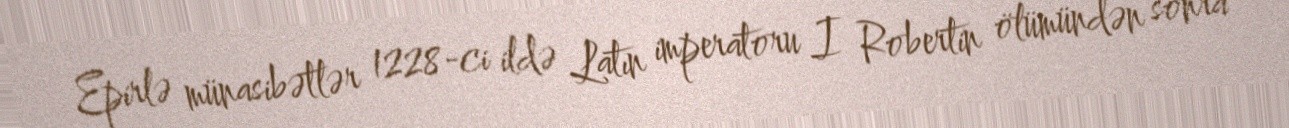
Epirlə münasibətlər 1228-ci ildə Latın imperatoru I Robertin ölümündən sonra